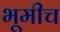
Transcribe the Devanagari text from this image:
भूमीच